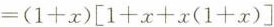
=$$(1+x)\left [1+x+x(1+x)\right]$$